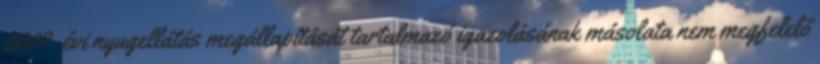
2009. évi nyugellátás megállapítását tartalmazó igazolásának másolata nem megfelelő